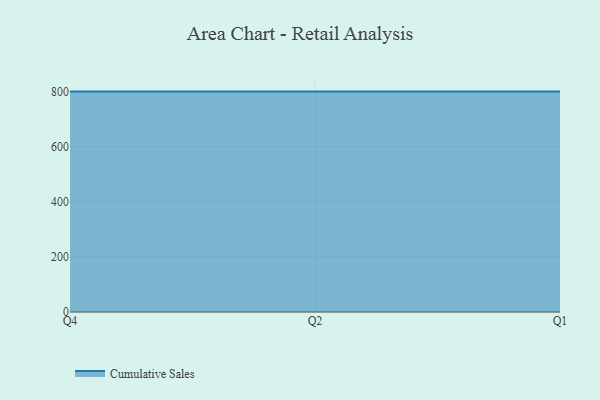
{"axis": {"x": "Quarter", "y": "Operating Costs (USD K)"}, "legend": ["Cumulative Sales"], "data": [{"x": "Q4", "y": 800, "type": "Cumulative Sales"}, {"x": "Q2", "y": 800, "type": "Cumulative Sales"}, {"x": "Q1", "y": 800, "type": "Cumulative Sales"}]}